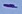
Text: -